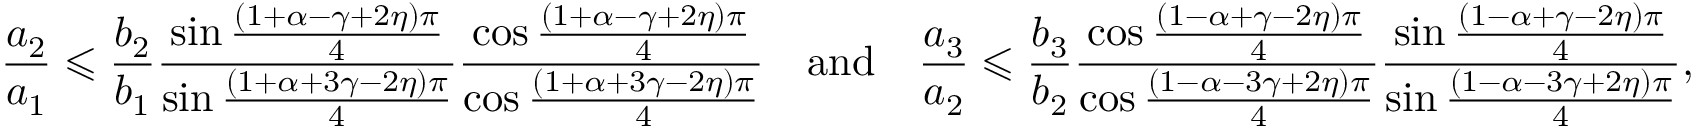
\frac { a _ { 2 } } { a _ { 1 } } \leqslant \frac { b _ { 2 } } { b _ { 1 } } \frac { \sin \frac { \left( 1 + \alpha - \gamma + 2 \eta \right) \pi } { 4 } } { \sin \frac { \left( 1 + \alpha + 3 \gamma - 2 \eta \right) \pi } { 4 } } \frac { \cos \frac { \left( 1 + \alpha - \gamma + 2 \eta \right) \pi } { 4 } } { \cos \frac { \left( 1 + \alpha + 3 \gamma - 2 \eta \right) \pi } { 4 } } \quad \mathrm { a n d } \quad \frac { a _ { 3 } } { a _ { 2 } } \leqslant \frac { b _ { 3 } } { b _ { 2 } } \frac { \cos \frac { \left( 1 - \alpha + \gamma - 2 \eta \right) \pi } { 4 } } { \cos \frac { \left( 1 - \alpha - 3 \gamma + 2 \eta \right) \pi } { 4 } } \frac { \sin \frac { \left( 1 - \alpha + \gamma - 2 \eta \right) \pi } { 4 } } { \sin \frac { \left( 1 - \alpha - 3 \gamma + 2 \eta \right) \pi } { 4 } } ,